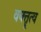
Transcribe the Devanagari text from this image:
वक्‍तॄत्‍व